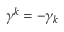
\gamma ^ { k } = - \gamma _ { k }